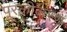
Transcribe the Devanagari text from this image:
पूरकीकरण